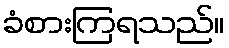
ခံစားကြရသည်။